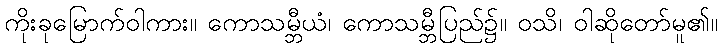
ကိုးခုမြောက်ဝါကား။ ကောသမ္ဘီယံ၊ ကောသမ္ဘီပြည်၌။ ဝသိ၊ ဝါဆိုတော်မူ၏။